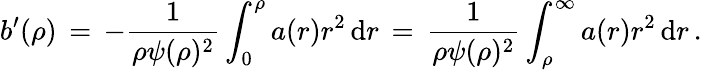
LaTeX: b^{\prime}(\rho)\, =\, -\frac{1}{\rho\psi(\rho)^{2}}\int_{0}^{\rho}a(r)r^{2}\, \mathrm{d}r\, =\, \frac{1}{\rho\psi(\rho)^{2}}\int_{\rho}^{\infty}a(r)r^{2}\, \mathrm{d}r\, .